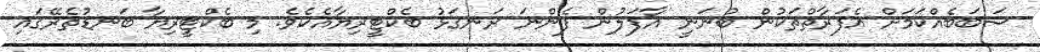
ސަބަބެއްކަމަށް އެފަރާތްތަކުން ބުނަނީ އާފަލުން ފެންނަ ރަނގަޅު ބެކްޓީރިޔާއެކެވެ. މި ބެކްޓީރިޔާ ބަނޑުތެރޭގައި